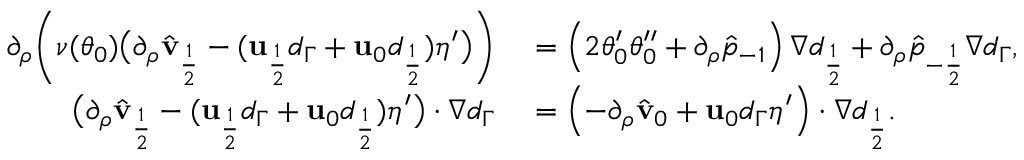
\begin{array} { r l } { \partial _ { \rho } \bigg ( \nu ( \theta _ { 0 } ) \big ( \partial _ { \rho } \hat { \mathbf { v } } _ { \frac { 1 } { 2 } } - ( \mathbf { u } _ { \frac { 1 } { 2 } } d _ { \Gamma } + \mathbf { u } _ { 0 } d _ { \frac { 1 } { 2 } } ) \eta ^ { \prime } \big ) \bigg ) } & { { } = \left( 2 \theta _ { 0 } ^ { \prime } \theta _ { 0 } ^ { \prime \prime } + \partial _ { \rho } \hat { p } _ { - 1 } \right) \nabla d _ { \frac { 1 } { 2 } } + \partial _ { \rho } \hat { p } _ { - \frac { 1 } { 2 } } \nabla d _ { \Gamma } , } \\ { \big ( \partial _ { \rho } \hat { \mathbf { v } } _ { \frac { 1 } { 2 } } - ( \mathbf { u } _ { \frac { 1 } { 2 } } d _ { \Gamma } + \mathbf { u } _ { 0 } d _ { \frac { 1 } { 2 } } ) \eta ^ { \prime } \big ) \cdot \nabla d _ { \Gamma } } & { { } = \left( - \partial _ { \rho } \hat { \mathbf { v } } _ { 0 } + \mathbf { u } _ { 0 } d _ { \Gamma } \eta ^ { \prime } \right) \cdot \nabla d _ { \frac { 1 } { 2 } } . } \end{array}